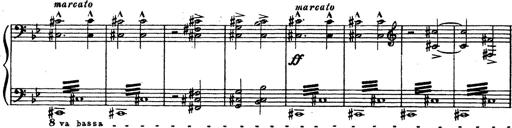
Title: Trauervorspiel und Trauermarsch
Composer: Franz Liszt